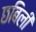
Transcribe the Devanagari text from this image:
छबिली